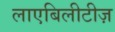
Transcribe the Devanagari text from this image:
लाएबिलीटीज़